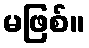
မဖြစ်။